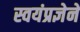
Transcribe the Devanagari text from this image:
स्वयंप्रज्ञेने